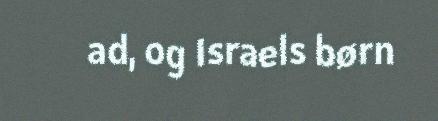
ad, og Israels børn